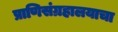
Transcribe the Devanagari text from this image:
प्राणिसंग्रहालयाचा